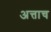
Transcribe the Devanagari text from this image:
अत्ताच